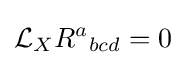
{\mathcal {L}}_{X}R^{a}{}_{bcd}=0